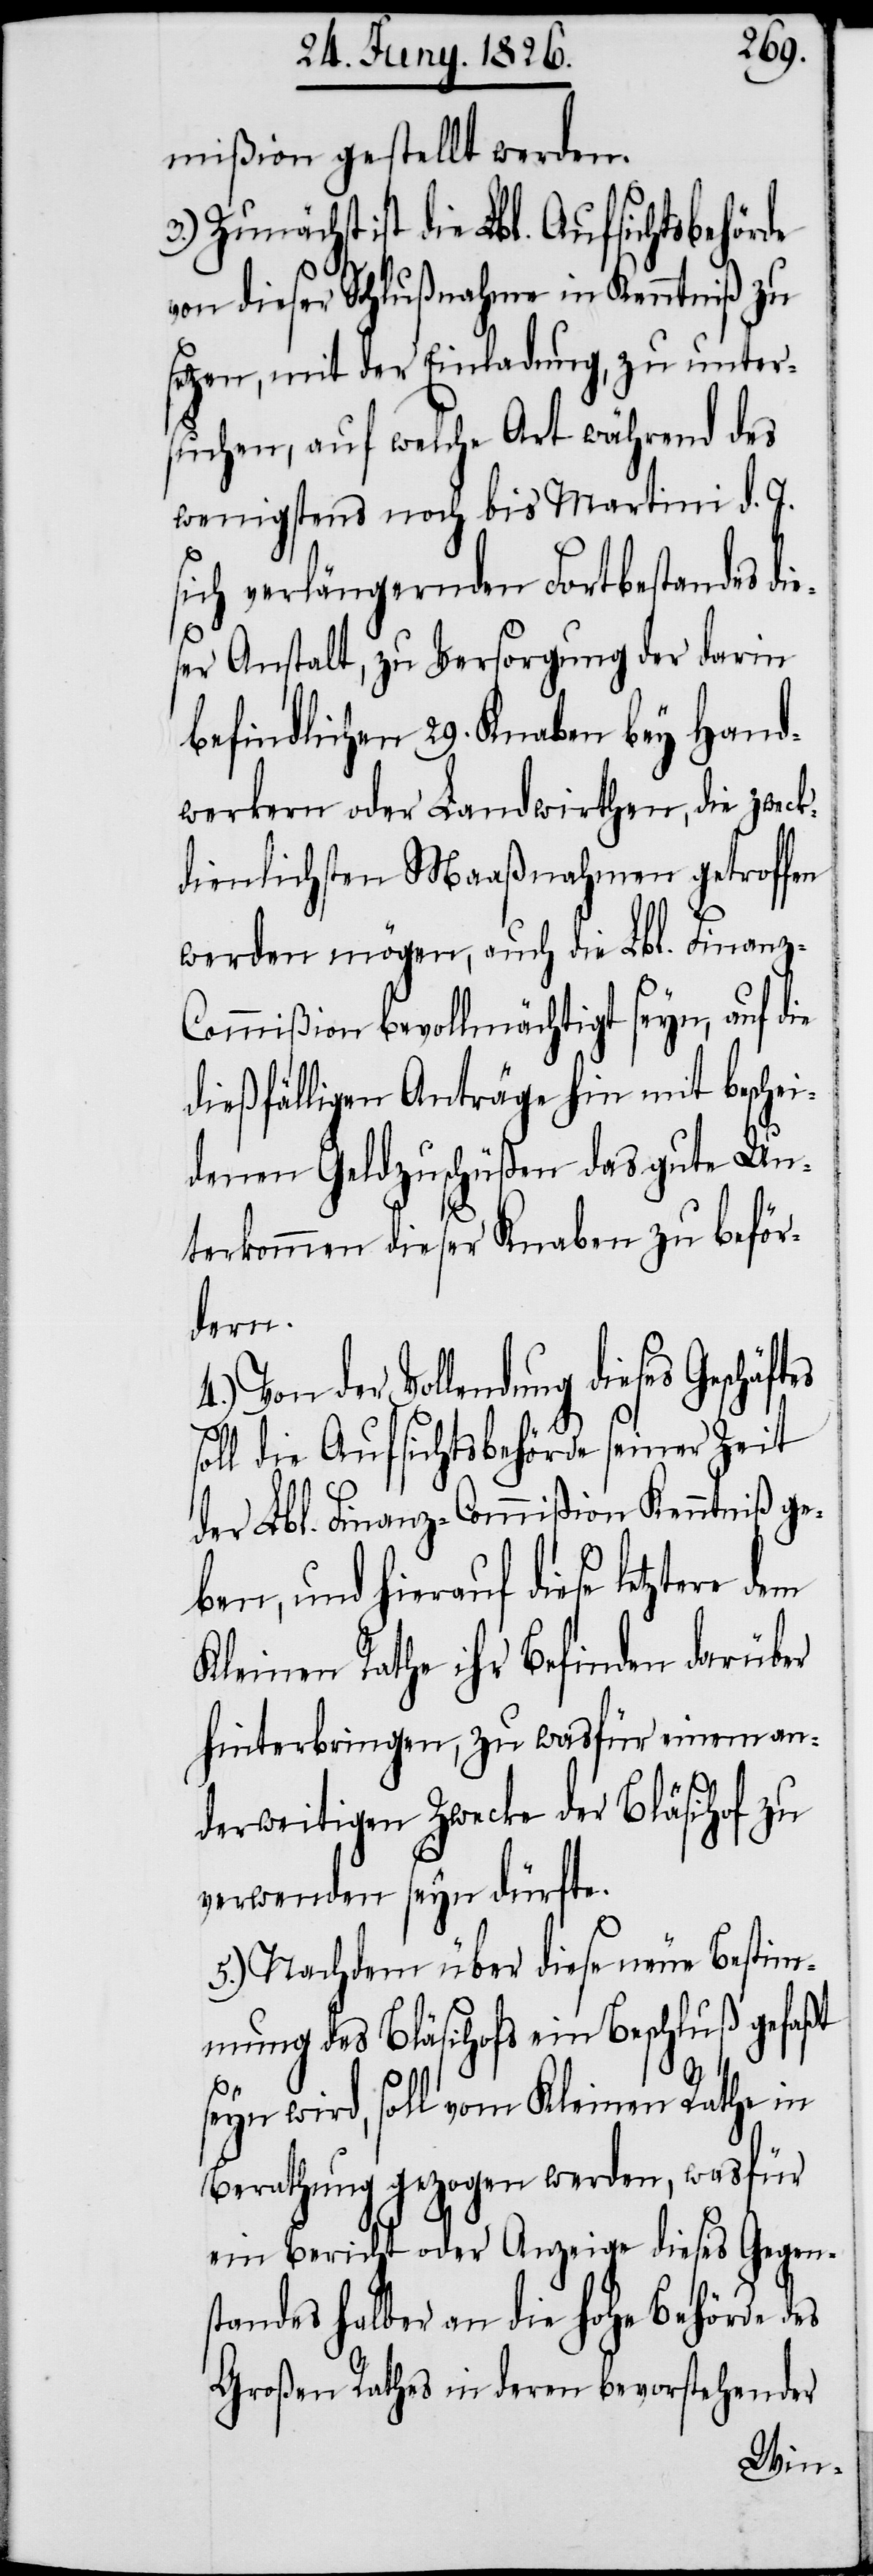
mißion gestellt werden.
Zunächst ist die Lbl. Aufsichtsbehörde
von dieser Schlußnahme in Kenntniß zu
setzen, mit der Einladung, zu unter¬
suchen, auf welche Art während des
wenigstens noch bis Martini d. J.
sich verlängernden Fortbestandes die¬
ser Anstalt, zu Versorgung der darin
befindlichen 29. Knaben bey Hand¬
werkern oder Landwirthen, die zwec¬
kdienlichsten Maaßnahmen getroffen
werden mögen, auch die Lbl. Finanz-C¬
ommißion bevollmächtigt seyn, auf die
dießfälligen Anträge hin mit beschei¬
denen Geldzuschüßen das gute Un¬
terkommen dieser Knaben zu beför¬
dern.
4.) Von der Vollendung dieses
soll die Aufsichtsbehörde seiner Zeit
der Lbl. Finanz-Commißion Kenntniß ge¬
ben, und hierauf diese letztere
Kleinen Rathe ihr Befinden darüber
hinterbringen, zu wasfür einem an¬
derweitigen Zwecke der Bläsihof zu
verwenden seyn dürfte.
5.) Nachdem über diese neue Bestim¬
mung des Bläsihofs ein Beschluß gefaßt
seyn wird, soll vom Kleinen Rathe in
Berathung gezogen werden, wasfür
ein Bericht oder Anzeige dieses Gegen¬
standes halber an die hohe Behörde des
Großen Rathes in deren bevorstehender